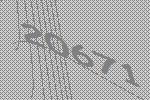
20671